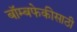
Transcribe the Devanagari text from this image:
बॉम्बफेकीसाठी